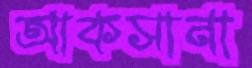
আকসানা